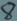
Text: 8